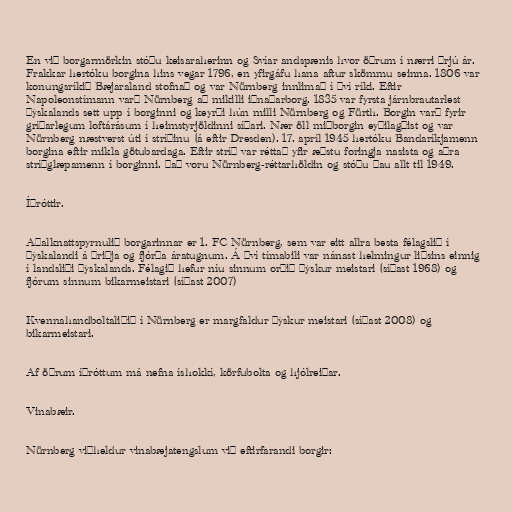
En við borgarmörkin stóðu keisaraherinn og Svíar andspænis hvor öðrum í nærri þrjú ár.
Frakkar hertóku borgina hins vegar 1796, en yfirgáfu hana aftur skömmu seinna. 1806 var
konungsríkið Bæjaraland stofnað og var Nürnberg innlimað í því ríki. Eftir
Napoleonstímann varð Nürnberg að mikilli iðnaðarborg. 1835 var fyrsta járnbrautarlest
Þýskalands sett upp í borginni og keyrði hún milli Nürnberg og Fürth. Borgin varð fyrir
gríðarlegum loftárásum í heimstyrjöldinni síðari. Nær öll miðborgin eyðilagðist og var
Nürnberg næstverst úti í stríðinu (á eftir Dresden). 17. apríl 1945 hertóku Bandaríkjamenn
borgina eftir mikla götubardaga. Eftir stríð var réttað yfir æðstu foringja nasista og aðra
stríðglæpamenn í borginni. Það voru Nürnberg-réttarhöldin og stóðu þau allt til 1949.

Íþróttir.

Aðalknattspyrnulið borgarinnar er 1. FC Nürnberg, sem var eitt allra besta félagslið í
Þýskalandi á þriðja og fjórða áratugnum. Á því tímabili var nánast helmingur liðsins einnig
í landsliði Þýskalands. Félagið hefur níu sinnum orðið þýskur meistari (síðast 1968) og
fjórum sinnum bikarmeistari (síðast 2007)

Kvennahandboltaliðið í Nürnberg er margfaldur þýskur meistari (síðast 2008) og
bikarmeistari.

Af öðrum íþróttum má nefna íshokkí, körfubolta og hjólreiðar.

Vinabæir.

Nürnberg viðheldur vinabæjatengslum við eftirfarandi borgir: